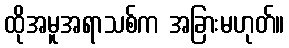
ထိုအမူအရာသစ်က အခြားမဟုတ်။